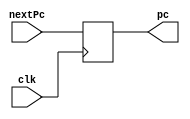
`timescale 1ns / 1ps
//////////////////////////////////////////////////////////////////////////////////
// Company: 
// Engineer: 
// 
// Design Name: 
// Module Name: programCounter
// Project Name: 
// Target Devices: 
// Tool Versions: 
// Description: 
// 
// Dependencies: 
// 
// Revision:
// Revision 0.01 - File Created
// Additional Comments:
// 
//////////////////////////////////////////////////////////////////////////////////


module programCounter(nextPc, clk, pc);
    input [31:0] nextPc;
    input clk;
    output reg [31:0] pc;

    initial 
        pc = 32'd100;
 
    always @(posedge clk) begin 
        pc = nextPc;
    end
    
endmodule